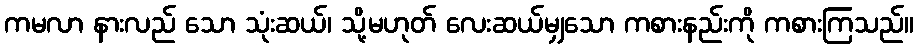
ကမလာ နားလည် သော သုံးဆယ်၊ သို့မဟုတ် လေးဆယ်မျှသော ကစားနည်းကို ကစားကြသည်။